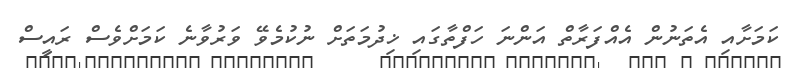
ކަމަށާއި އެތަނުން އެއްފަރާތް އަންނަ ހަފްތާގައި ޚިދުމަތަށް ނުކުމެވޭ ވަރުވާނެ ކަމަށްވެސް ރައީސް